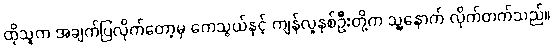
ထိုသူက အချက်ပြလိုက်တော့မှ ကေသွယ်နှင့် ကျန်လူနှစ်ဦးတို့က သူ့နောက် လိုက်တက်သည်။